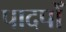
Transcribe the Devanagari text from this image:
पादपोँ